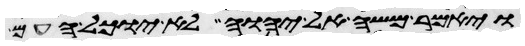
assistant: ויאמר משה אל יהוה לא יוכל העם